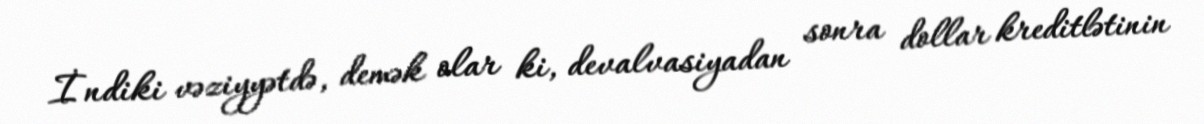
İndiki vəziyyətdə, demək olar ki, devalvasiyadan sonra dollar kreditlətinin